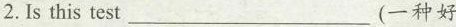
2.Is this test__________(一种好